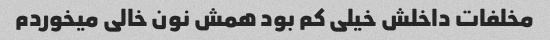
مخلفات داخلش خیلی کم بود همش نون خالی میخوردم